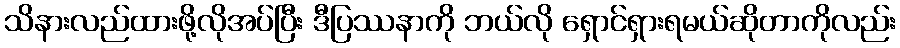
သိနားလည်ထားဖို့လိုအပ်ပြီး ဒီပြဿနာကို ဘယ်လို ရှောင်ရှားရမယ်ဆိုတာကိုလည်း